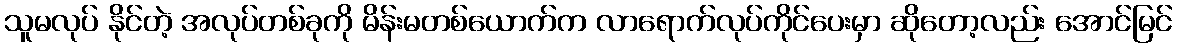
သူမလုပ် နိုင်တဲ့ အလုပ်တစ်ခုကို မိန်းမတစ်ယောက်က လာရောက်လုပ်ကိုင်ပေးမှာ ဆိုတော့လည်း အောင်မြင်